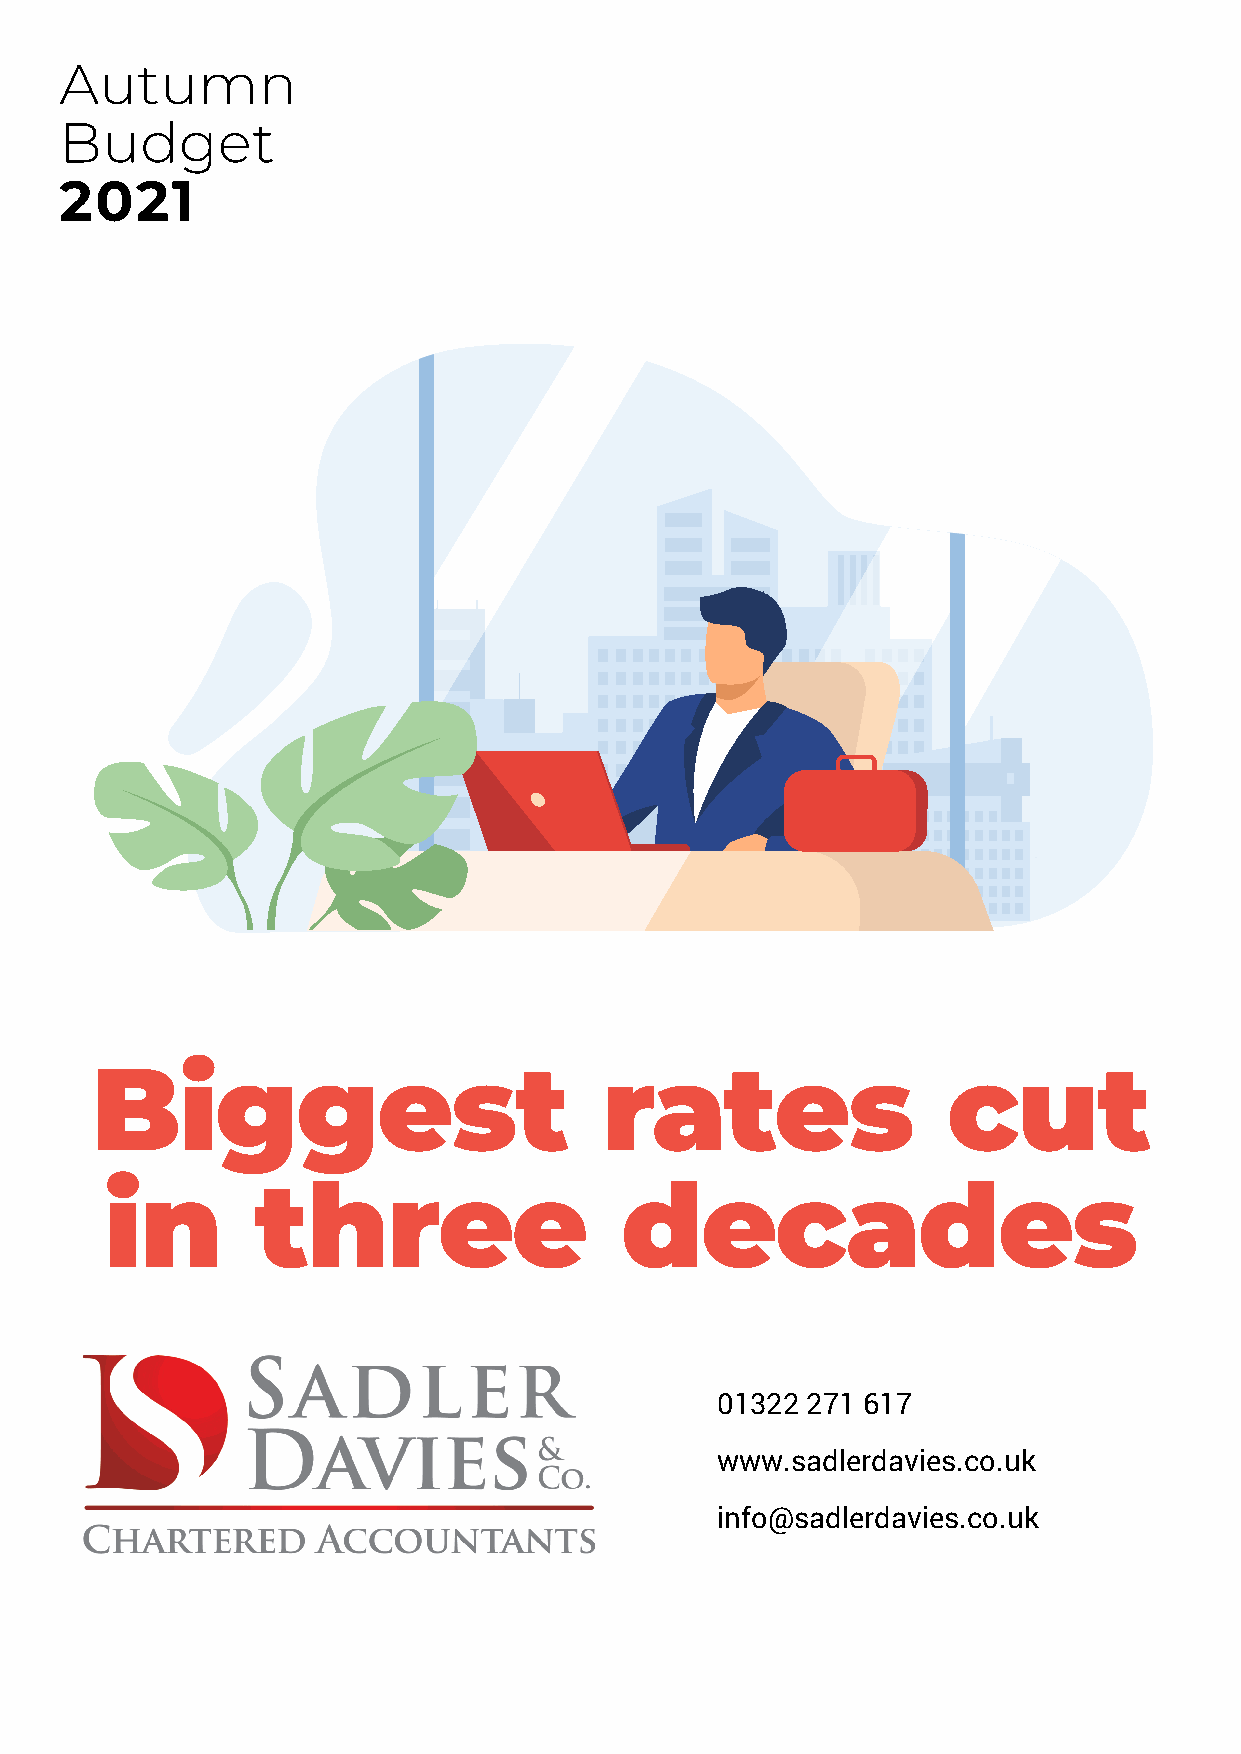
Autumn
 Budget
 2021
 Biggest                           rates                  cut
 in        three                   decades
 01322 271 617
 www.sadlerdavies.co.uk
 info@sadlerdavies.co.uk